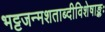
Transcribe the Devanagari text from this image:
भट्टजन्मशताब्दीविशेषाङ्कः